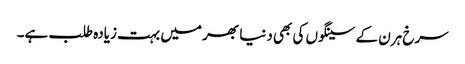
سرخ ہرن کے سینگوں کی بھی دنیا بھر میں بہت زیادہ طلب ہے۔